Indian journal of veterinary science and animal husbandry - Volumes 22-23, 1952-1953
Year: 1952
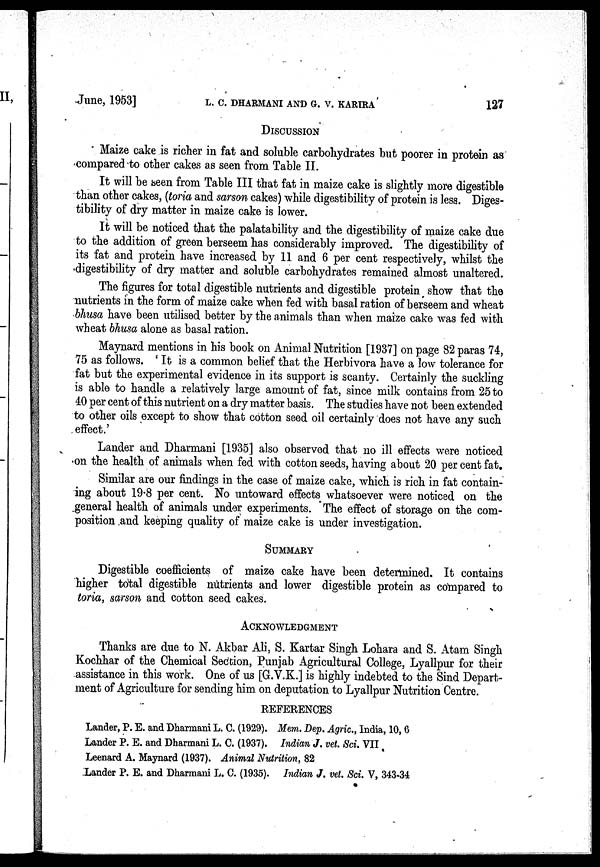
June, 1953] L. C. DHARMANI AND G. V. KARIRA 127
DISCUSSION
Maize cake is richer in fat and soluble carbohydrates but poorer in protein as
compared to other cakes as seen from Table II.
It will be seen from Table III that fat in maize cake is slightly more digestible
than other cakes, (toria and sarson cakes) while digestibility of protein is less. Diges-
tibility of dry matter in maize cake is lower.
It will be noticed that the palatability and the digestibility of maize cake due
to the addition of green berseem has considerably improved. The digestibility of
its fat and protein have increased by 11 and 6 per cent respectively, whilst the
digestibility of dry matter and soluble carbohydrates remained almost unaltered.
The figures for total digestible nutrients and digestible protein show that the
nutrients in the form of maize cake when fed with basal ration of berseem and wheat
bhusa have been utilised better by the animals than when maize cake was fed with
wheat bhusa alone as basal ration.
Maynard mentions in his book on Animal Nutrition [1937] on page 82 paras 74,
75 as follows. 'It is a common belief that the Herbivora have a low tolerance for
fat but the experimental evidence in its support is scanty. Certainly the suckling
is able to handle a relatively large amount of fat, since milk contains from 25 to
40 per cent of this nutrient on a dry matter basis. The studies have not been extended
to other oils except to show that cotton seed oil certainly does not have any such
effect.'
Lander and Dharmani [1935] also observed that no ill effects were noticed
on the health of animals when fed with cotton seeds, having about 20 per cent fat.
Similar are our findings in the case of maize cake, which is rich in fat contain-
ing about 19.8 per cent. No untoward effects whatsoever were noticed on the
general health of animals under experiments. The effect of storage on the com-
position and keeping quality of maize cake is under investigation.
SUMMARY
Digestible coefficients of maize cake have been determined. It contains
higher total digestible nutrients and lower digestible protein as compared to
toria, sarson and cotton seed cakes.
ACKNOWLEDGMENT
Thanks are due to N. Akbar Ali, S. Kartar Singh Lohara and S. Atam Singh
Kochhar of the Chemical Section, Punjab Agricultural College, Lyallpur for their
assistance in this work. One of us [G.V.K.] is highly indebted to the Sind Depart-
ment of Agriculture for sending him on deputation to Lyallpur Nutrition Centre.
REFERENCES
Lander, P. E. and Dharmani L. C. (1929). Mem. Dep. Agric., India, 10, 6
Lander P. E. and Dharmani L. C. (1937). Indian J. vet. Sci. VII.
Leenard A. Maynard (1937). Animal Nutrition, 82
Lander P. E. and Dharmani L. C. (1935). Indian J. vet. Sci. V, 343-34